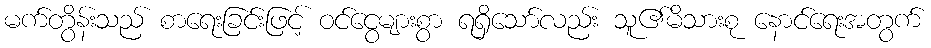
မက်တွိန်းသည် စာရေးခြင်းဖြင့် ဝင်ငွေများစွာ ရရှိသော်လည်း သူ၏မိသားစု နောင်ရေးအတွက်